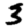
Digit: 3